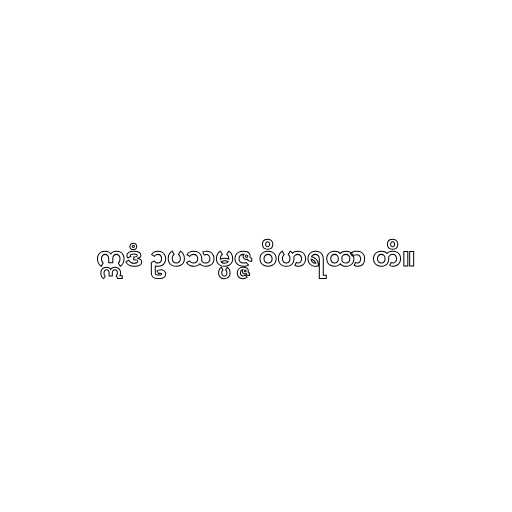
ဣဒံ ဥပသမ္ပဇ္ဇ ဝိဟရထာ တိ။